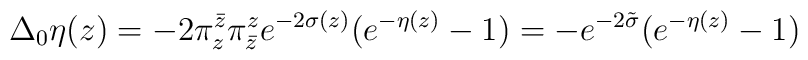
\Delta_0\eta(z) = -2 \pi^{\bar z}_z \pi^{z}_{\bar z}e^{-2\sigma(z)}(e^{-\eta(z)}-1) = - e^{-2\tilde\sigma}(e^{-\eta(z)}-1)